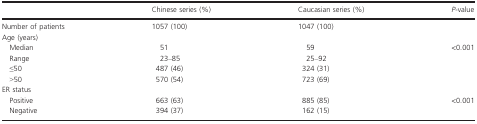
<table><thead><tr><td></td><td><b>Chinese series (%)</b></td><td><b>Caucasian series (%)</b></td><td><b><i>P</i>-value</b></td></tr></thead><tbody><tr><td>Number of patients</td><td>1057 (100)</td><td>1047 (100)</td><td></td></tr><tr><td colspan="4">Age (years)</td></tr><tr><td> Median</td><td>51</td><td>59</td><td rowspan="4">&lt;0.001</td></tr><tr><td> Range</td><td>23–85</td><td>25–92</td></tr><tr><td> ≤50</td><td>487 (46)</td><td>324 (31)</td></tr><tr><td> &gt;50</td><td>570 (54)</td><td>723 (69)</td></tr><tr><td colspan="4">ER status</td></tr><tr><td> Positive</td><td>663 (63)</td><td>885 (85)</td><td rowspan="2">&lt;0.001</td></tr><tr><td> Negative</td><td>394 (37)</td><td>162 (15)</td></tr></tbody></table>